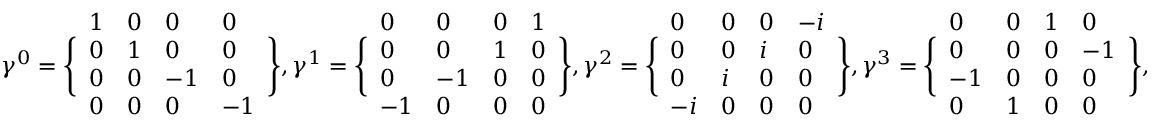
\gamma ^ { 0 } = \Biggl \{ \begin{array} { l l l l } { 1 } & { 0 } & { 0 } & { 0 } \\ { 0 } & { 1 } & { 0 } & { 0 } \\ { 0 } & { 0 } & { - 1 } & { 0 } \\ { 0 } & { 0 } & { 0 } & { - 1 } \end{array} \Biggr \} , \gamma ^ { 1 } = \Biggl \{ \begin{array} { l l l l } { 0 } & { 0 } & { 0 } & { 1 } \\ { 0 } & { 0 } & { 1 } & { 0 } \\ { 0 } & { - 1 } & { 0 } & { 0 } \\ { - 1 } & { 0 } & { 0 } & { 0 } \end{array} \Biggr \} , \gamma ^ { 2 } = \Biggl \{ \begin{array} { l l l l } { 0 } & { 0 } & { 0 } & { - i } \\ { 0 } & { 0 } & { i } & { 0 } \\ { 0 } & { i } & { 0 } & { 0 } \\ { - i } & { 0 } & { 0 } & { 0 } \end{array} \Biggr \} , \gamma ^ { 3 } = \Biggl \{ \begin{array} { l l l l } { 0 } & { 0 } & { 1 } & { 0 } \\ { 0 } & { 0 } & { 0 } & { - 1 } \\ { - 1 } & { 0 } & { 0 } & { 0 } \\ { 0 } & { 1 } & { 0 } & { 0 } \end{array} \Biggr \} ,